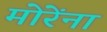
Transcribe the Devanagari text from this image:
मोरेंना